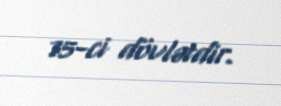
75-ci dövlətdir.